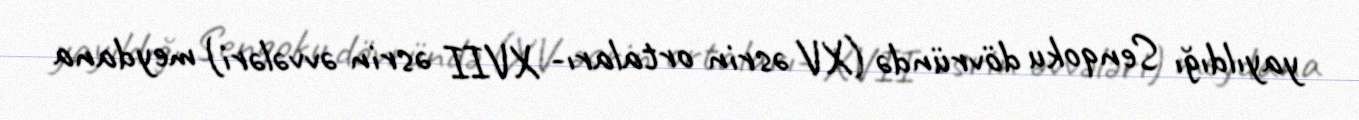
yayıldığı Senqoku dövründə (XV əsrin ortaları- XVII əsrin əvvələri) meydana